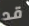
قد